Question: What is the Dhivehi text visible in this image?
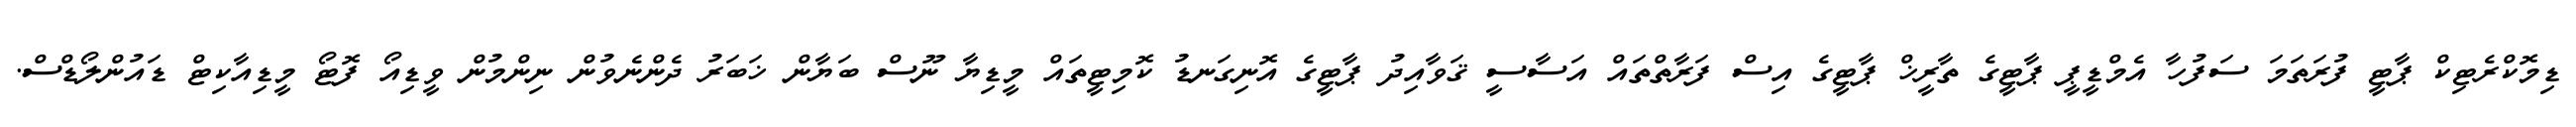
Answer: ޑިމޮކްރެޓިކް ޕާޓީ ފުރަތަމަ ސަފުހާ އެމްޑީޕީ ޕާޓީގެ ތާރީޚް ޕާޓީގެ އިސް ފަރާތްތައް އަސާސީ ޤަވާއިދު ޕާޓީގެ އޮނިގަނޑު ކޮމިޓީތައް މީޑިޔާ ނޫސް ބަޔާން ޚަބަރު ދެންނެވުން ނިންމުން ވީޑިއޯ ފޮޓޯ މީޑިއާކިޓް ޑައުންލޯޑްސް.